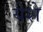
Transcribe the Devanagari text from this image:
येशे